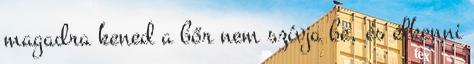
magadra kened a bőr nem szívja be, és elkenni